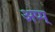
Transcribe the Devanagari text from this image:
अप्प्